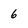
Character: 6